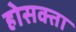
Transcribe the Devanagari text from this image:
होसक्ता